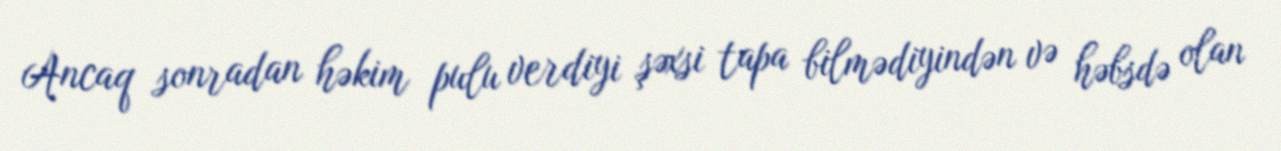
Ancaq sonradan həkim pulu verdiyi şəxsi tapa bilmədiyindən və həbsdə olan